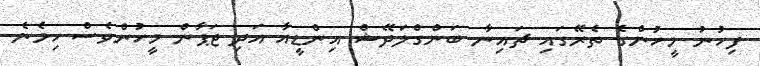
ފިހުނު މީހުންގެ ތެރޭގައި ޗައިނާ ބަންގްލަދޭޝް އިންޑީއާ އަދި ޖަޕާން މީހުންވެސް ހިމެނެ